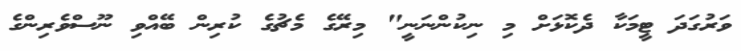
ވަރުގަދަ ޓީމަކާ ދެކޮޅަށް މި ނިކުންނަނީ" މިރޭގެ މެޗުގެ ކުރިން ބޭއްވި ނޫސްވެރިންގެ